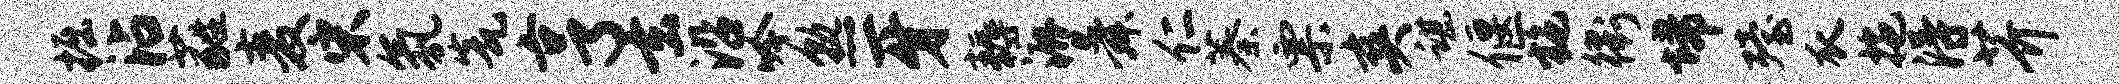
掘沾蕤麦宋氛瓮亨玄沿吟熟牙耨漉舜仁蓁票爽谌偃施衢埽殪瓜拖得芥